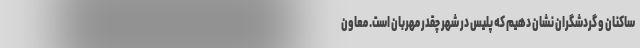
ساکنان و گردشگران نشان دهیم که پلیس در شهر چقدر مهربان است. معاون